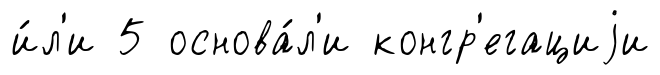
и́л'и 5 основа́л'и конгр'егациjи